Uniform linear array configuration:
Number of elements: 64
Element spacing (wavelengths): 0.75
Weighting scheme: kaiser
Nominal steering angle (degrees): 15
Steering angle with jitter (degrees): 13.743
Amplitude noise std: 0.05
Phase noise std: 0.05

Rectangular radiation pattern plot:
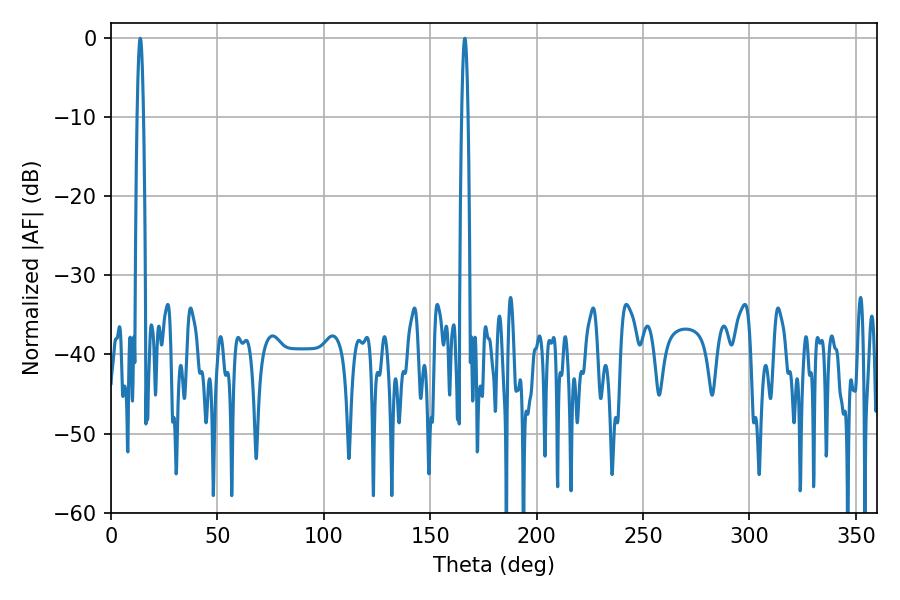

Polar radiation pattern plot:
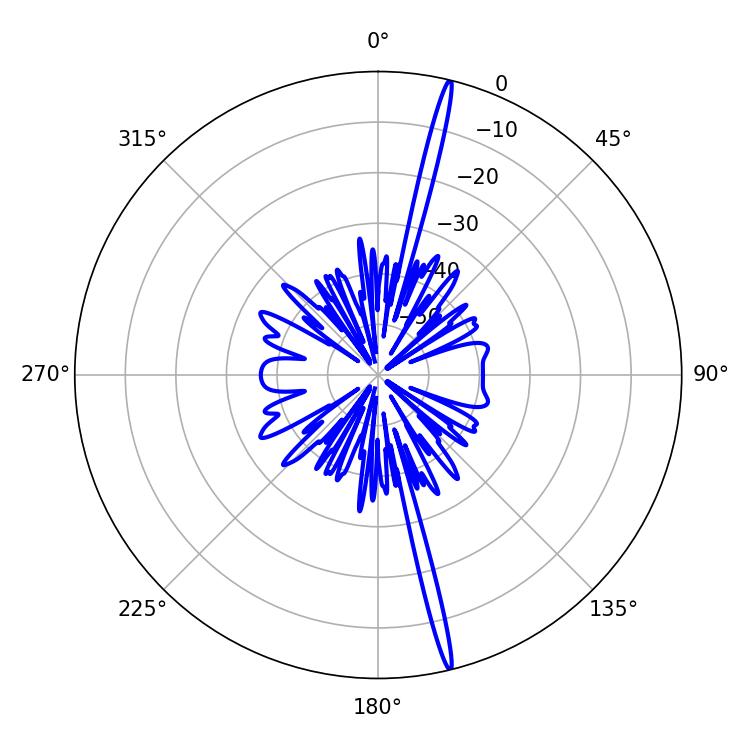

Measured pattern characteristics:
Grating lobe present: TRUE
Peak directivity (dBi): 21.227
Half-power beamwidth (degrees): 1.62
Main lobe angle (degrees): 13.68